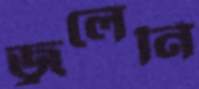
জ্বলেনি